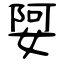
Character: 娿